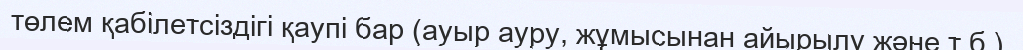
төлем қабілетсіздігі қаупі бар (ауыр ауру, жұмысынан айырылу және т.б.).